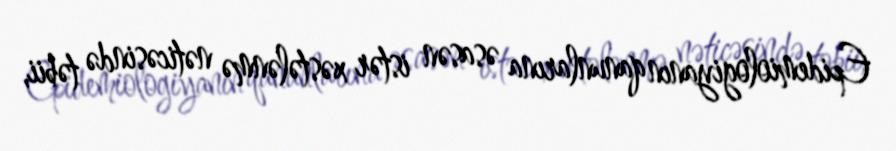
Epidemiologiyanın qanunlarına əsasən istər xəstələnmə nəticəsində təbii,